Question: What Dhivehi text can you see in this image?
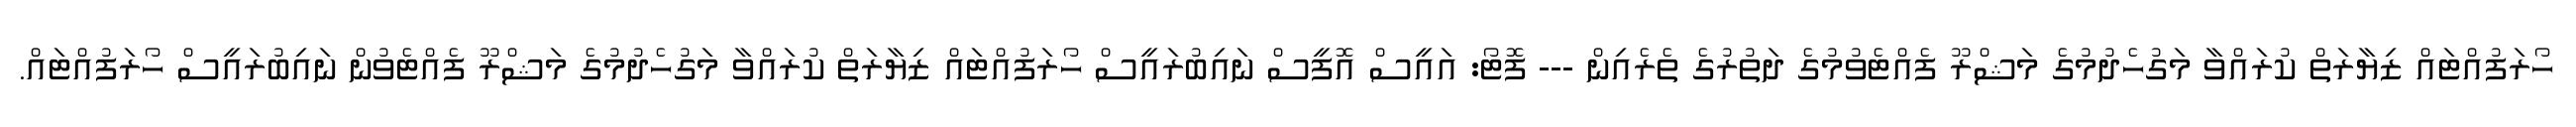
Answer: ހޯރަފުއްޓައް ޒިޔާރަތް ކުރައްވާ މަގުހެދުމުގެ މަޝްރޫ ފެއްޓެވުމުގެ ދަތުރުގެ ތެރެއިން --- ފޮޓޯ: އައީސް އޮފީސް ނައިބުރައީސް ހޯރަފުއްޓައް ޒިޔާރަތް ކުރައްވާ މަގުހެދުމުގެ މަޝްރޫ ފެއްޓެވުން ނައިބުރައީސް ހޯރަފުއްޓައް.